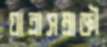
যাত্রাসম্রাজ্ঞী